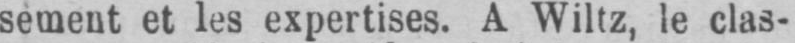
sement et les expertises. A Wiltz, le clas-